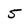
Character: 5